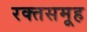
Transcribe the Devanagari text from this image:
रक्तसमूह